Problem: 30 + 1 = ?
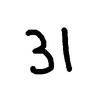
Handwritten answer: 31